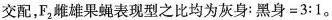
交配，F_{2}雌雄果蝇表现型之比均为灰身：$$黑身=3:1$$。